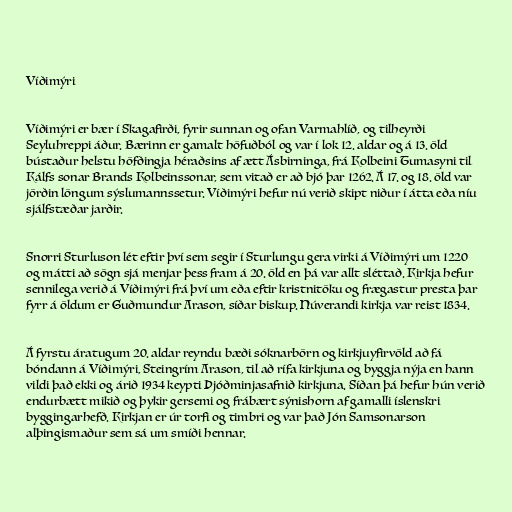
Víðimýri

Víðimýri er bær í Skagafirði, fyrir sunnan og ofan Varmahlíð, og tilheyrði
Seyluhreppi áður. Bærinn er gamalt höfuðból og var í lok 12. aldar og á 13. öld
bústaður helstu höfðingja héraðsins af ætt Ásbirninga, frá Kolbeini Tumasyni til
Kálfs sonar Brands Kolbeinssonar, sem vitað er að bjó þar 1262. Á 17. og 18. öld var
jörðin löngum sýslumannssetur. Víðimýri hefur nú verið skipt niður í átta eða níu
sjálfstæðar jarðir.

Snorri Sturluson lét eftir því sem segir í Sturlungu gera virki á Víðimýri um 1220
og mátti að sögn sjá menjar þess fram á 20. öld en þá var allt sléttað. Kirkja hefur
sennilega verið á Víðimýri frá því um eða eftir kristnitöku og frægastur presta þar
fyrr á öldum er Guðmundur Arason, síðar biskup. Núverandi kirkja var reist 1834.

Á fyrstu áratugum 20. aldar reyndu bæði sóknarbörn og kirkjuyfirvöld að fá
bóndann á Víðimýri, Steingrím Arason, til að rífa kirkjuna og byggja nýja en hann
vildi það ekki og árið 1934 keypti Þjóðminjasafnið kirkjuna. Síðan þá hefur hún verið
endurbætt mikið og þykir gersemi og frábært sýnishorn af gamalli íslenskri
byggingarhefð. Kirkjan er úr torfi og timbri og var það Jón Samsonarson
alþingismaður sem sá um smíði hennar.